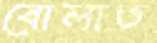
বোলাত